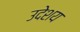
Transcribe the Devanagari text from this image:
उदेशय